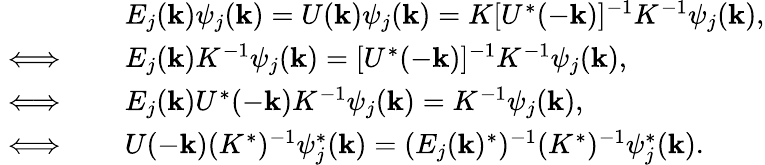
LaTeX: \begin{array}{rl}&{E_{j}({\mathbf k})\psi_{j}({\mathbf k})=U({\mathbf k})\psi_{j}({\mathbf k})=K[U^{*}(-{\mathbf k})]^{-1}K^{-1}\psi_{j}({\mathbf k}),}\\ {\iff\quad}&{E_{j}({\mathbf k})K^{-1}\psi_{j}({\mathbf k})=[U^{*}(-{\mathbf k})]^{-1}K^{-1}\psi_{j}({\mathbf k}),}\\ {\iff\quad}&{E_{j}({\mathbf k})U^{*}(-{\mathbf k})K^{-1}\psi_{j}({\mathbf k})=K^{-1}\psi_{j}({\mathbf k}),}\\ {\iff\quad}&{U(-{\mathbf k})(K^{*})^{-1}\psi_{j}^{*}({\mathbf k})=(E_{j}({\mathbf k})^{*})^{-1}(K^{*})^{-1}\psi_{j}^{*}({\mathbf k}).}\end{array}